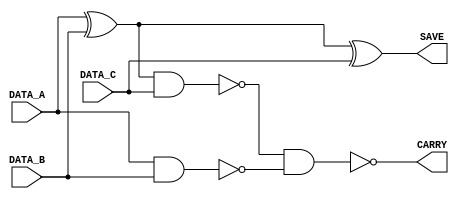
module smfulladder ( DATA_A, DATA_B, DATA_C, SAVE, CARRY );
   input  DATA_A;
   input  DATA_B;
   input  DATA_C;
   output SAVE;
   output CARRY;
   wire TMP;
   assign TMP = DATA_A ^ DATA_B;
   assign SAVE = TMP ^ DATA_C;
   assign CARRY =  ~ (( ~ (TMP & DATA_C)) & ( ~ (DATA_A & DATA_B)));
endmodule